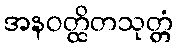
အနဝတ္ထိတသုတ္တံ